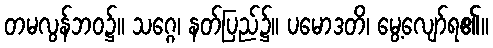
တမလွန်ဘဝ၌။ သဂ္ဂေ၊ နတ်ပြည်၌။ ပမောဒတိ၊ မွေ့လျော်ရ၏။